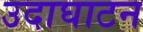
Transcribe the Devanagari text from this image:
उदाघाटन